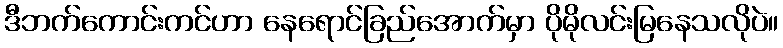
ဒီဘက်ကောင်းကင်ဟာ နေရောင်ခြည်အောက်မှာ ပိုမိုလင်းမြနေသလိုပဲ။